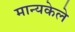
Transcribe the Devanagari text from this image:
मान्यकेले